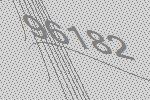
96182